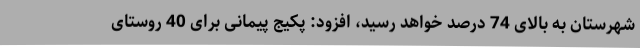
شهرستان به بالای 74 درصد خواهد رسید، افزود: پکیج پیمانی برای 40 روستای